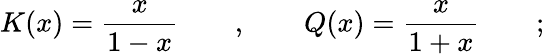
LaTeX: K(x)=\frac{x}{1-x}\qquad,\qquad Q(x)=\frac{x}{1+x}\qquad;